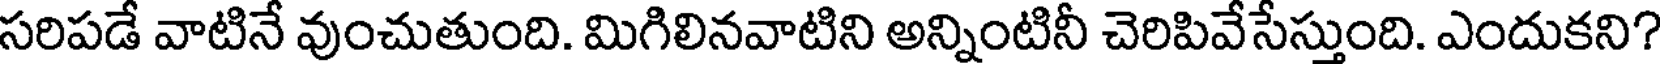
సరిపడే వాటినే వుంచుతుంది. మిగిలినవాటిని అన్నింటినీ చెరిపివేసేస్తుంది. ఎందుకని?